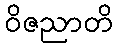
ဝိဇညာတိ